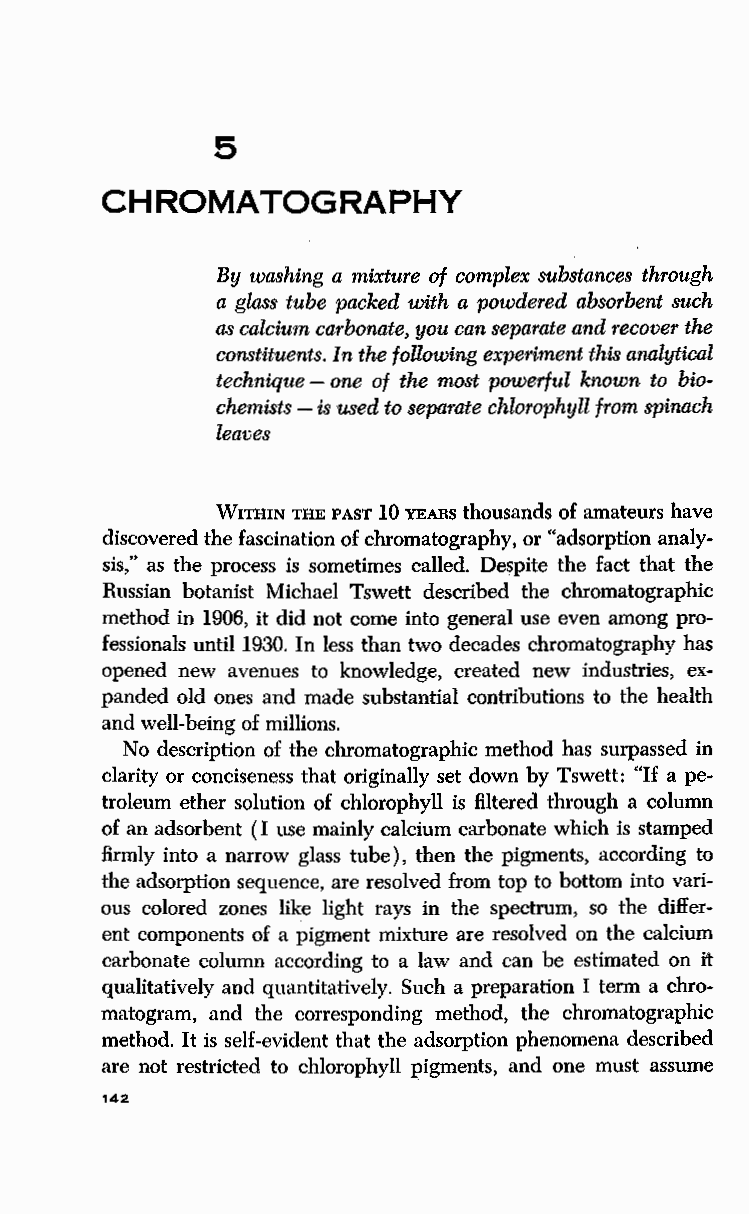
5
 CHROMATOGRAPHY
 By washing a mixture of complex substances through
 a glass tube packed with a powdered absorbent such
 as calcium carbonate, you can separate and recover the
 constituents. In the following experiment this analytical
 technique - one of the most powerful known to bio
 chemists - is used to separate chlorophyll from spinach
 leaves
 WITHIN THE PAST 10 YEARS thousands of amateurs have
 discovered the fascination of chromatography, or "adsorption analy
 sis," as the process is sometimes called. Despite the fact that the
 Russian botanist Michael Tswett described the chromatographic
 method in 1906, it did not come into general use even among pro
 fessionals until 1930. In less than two decades chromatography has
 opened new avenues to knowledge, created new industries, ex
 panded old ones and made substantial contributions to the health
 and well-being of millions.
 No description of the chromatographic method has surpassed in
 clarity or conciseness that originally set down by Tswett: "If a pe
 troleum ether solution of chlorophyll is filtered through a column
 of an adsorbent (I use mainly calcium carbonate which is stamped
 firmly into a narrow glass tube), then the pigments, according to
 the adsorption sequence, are resolved from top to bottom into vari
 ous colored zones like light rays in the spectrum, so the differ
 ent components of a pigment mixture are resolved on the calcium
 carbonate column according to a law and can be estimated on it
 qualitatively and quantitatively. Such a preparation I term a chro
 matogram, and the corresponding method, the chromatographic
 method. It is self-evident that the adsorption phenomena described
 are not restricted to chlorophyll pigments, and one must assume
 142